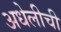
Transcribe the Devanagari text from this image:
अधेलीची